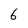
Character: 6